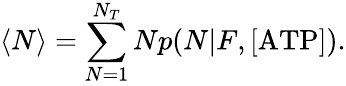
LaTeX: \langle N\rangle=\sum_{N=1}^{N_{T}}Np(N|F,\mathrm{[ATP]}).